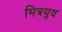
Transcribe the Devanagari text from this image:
मित्रयुव